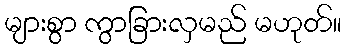
များစွာ ကွာခြားလှမည် မဟုတ်။